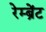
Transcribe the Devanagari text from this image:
रेम्ब्रेंट